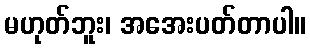
မဟုတ်ဘူး၊ အအေးပတ်တာပါ။